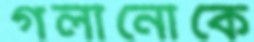
গলানোকে